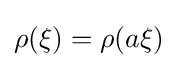
\rho (\xi )=\rho (a\xi )